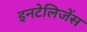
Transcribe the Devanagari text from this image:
इनटेलिजेंस